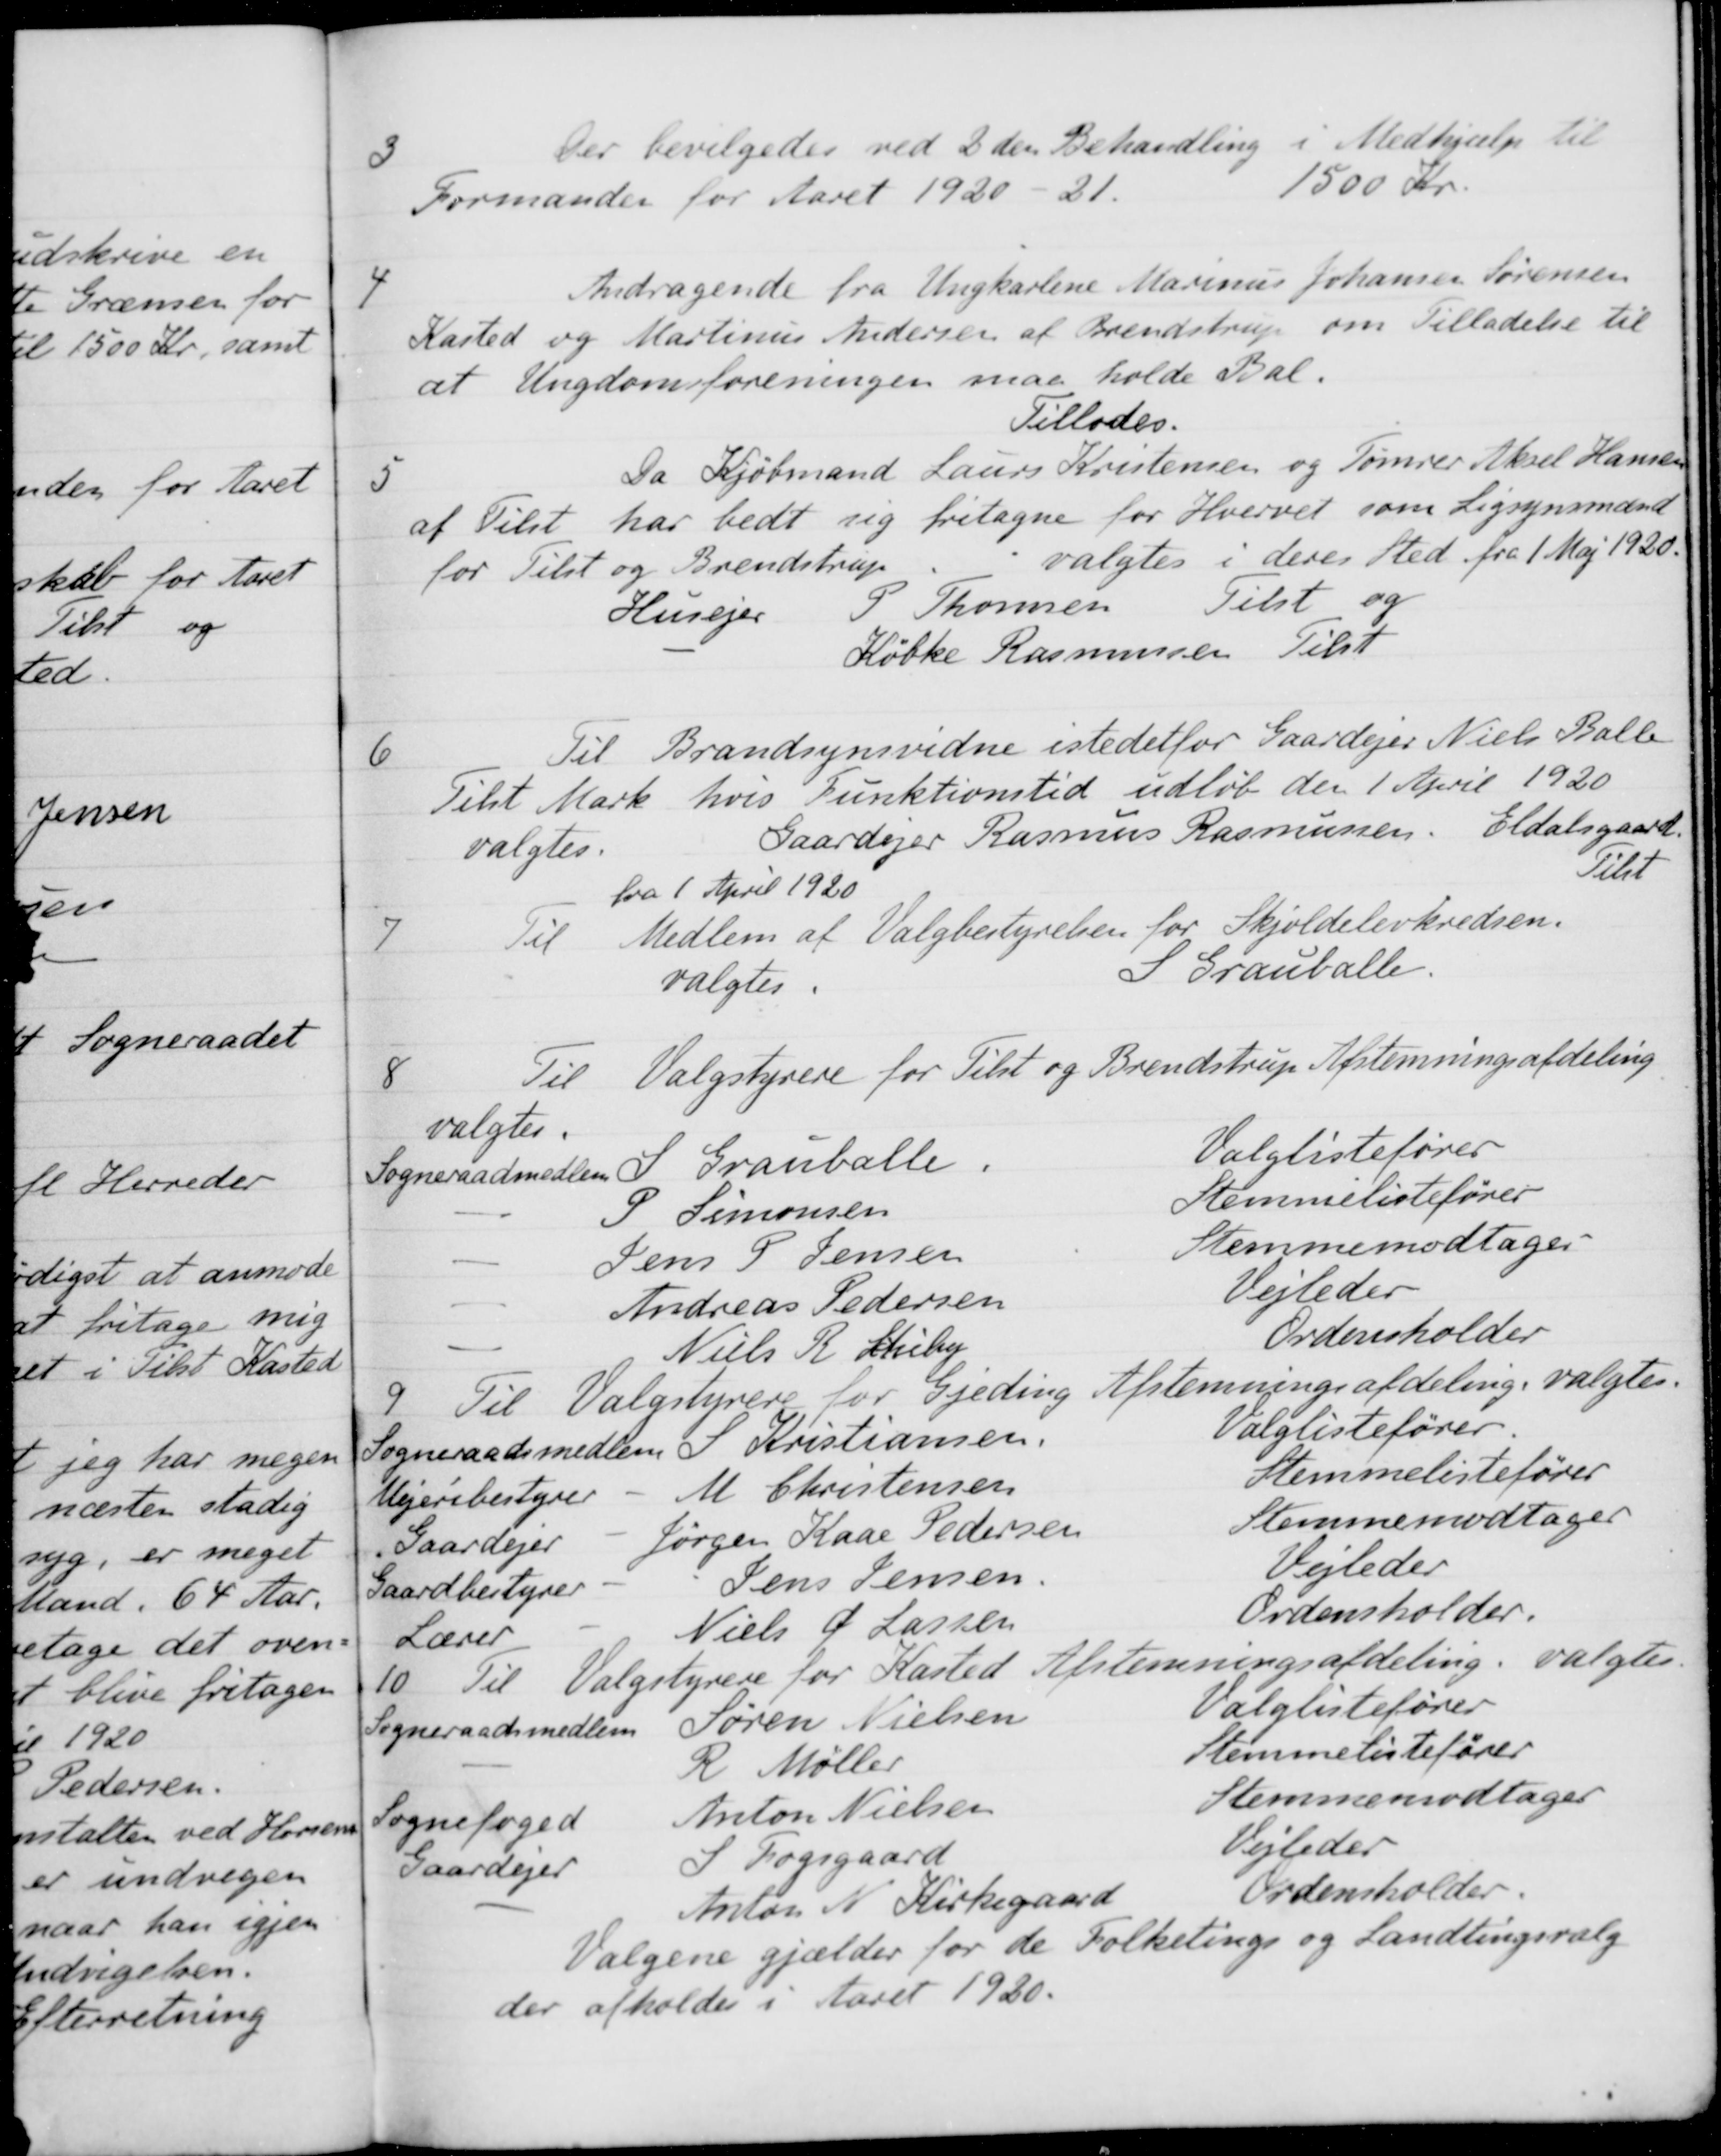
Transskription:
3
Der bevilgedes ved 2den Behandling i Medhjælp til
Formanden for Aaret 1920-21.
1500 Kr.
4
Andragende fra Ungkarlene Marinus Johansen Sørensen
Kasted og Martinus Andersen af Brendstrup om Tilladelse til
at Ungdomsforeningen maa holde Bal.
Tillodes.
5
Da Kjøbmand Laurs Kristensen og Tømrer Aksel Hansen
af Tilst har bedt sig fritagne for Hvervet som Ligsynsmænd
for Tilst og Brendstrup valgtes i deres Sted fra 1 Maj 1920.
Husejer
P Thomsen
Tilst og
Købke Rasmussen
Tilst
6
Til Brandsynsvidne istedetfor Gaardejer Niels Balle
Telst Mark, hvis Funktionstid udløb den 1 April 1920
valgtes
Gaardejer Rasmus Rasmussen. Eldalsgaard.
Tilst
fra 1 April 1920
7
Til Medlem af Valgbestyrelsen for Skjoldelevkredsen.
valgtes
S Grauballe
8
Til Valgstyrere for Tilst og Brendstrup Afstemningsafdeling
valgtes.
Sogneraadsmedlem S Grauballe
Valglistefører
P Simonsen
Stemmelistefører
Jens P Jensen
Stemmemodtager
Andreas Pedersen
Vejleder
Niels R. Schiby
Ordensholder
9.
Til Valgstyrere for Gjeding Afstemningsafdeling valgtes.
Sogneraadsmedlem S Kristiansen.
Valglistefører.
Vejeribestyrer
M Christensen
Stemmelistefører
Gaardejer
Jørgen Kaae Pedersen
Stemmemodtager
Gaardbestyrer
Jens Jensen
Vejleder
Lærer
Niels Ø. Larsen
Ordensholder.
10
Til Valgstyrere for Kasted Afstemningsafdeling. valgtes.
Sogneraadsmedlem Søren Nielsen
Valglistefører
R Møller
Stemmelistefører
Sognefoged
Anton Nielsen
Stemmemodtager
Gaardejer
S Fogsgaard
Vejleder
Anton N. Kirkegaard
Ordensholder.
Valgene gjælder for de Folketings og Landtingsvalg
der afholdes i Aaret 1920.